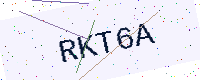
Text: RKT6A